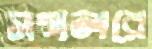
সগলরে